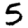
Digit: 5